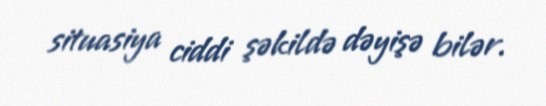
situasiya ciddi şəkildə dəyişə bilər.